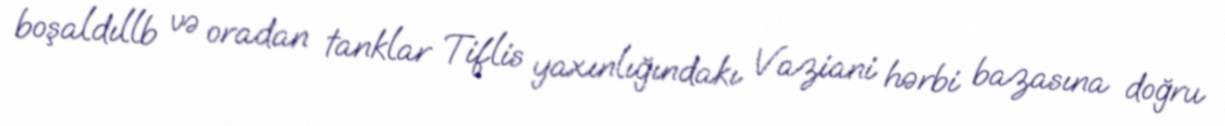
boşaldıllb və oradan tanklar Tiflis yaxınlığındakı Vaziani hərbi bazasına doğru